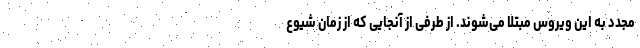
مجدد به این ویروس مبتلا می‌شوند. از طرفی از آنجایی که از زمان شیوع